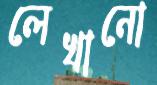
লেখানো